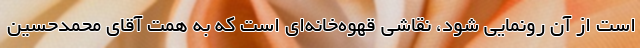
است از آن رونمایی شود، نقاشی قهوه‌خانه‌ای است که به همت آقای محمدحسین